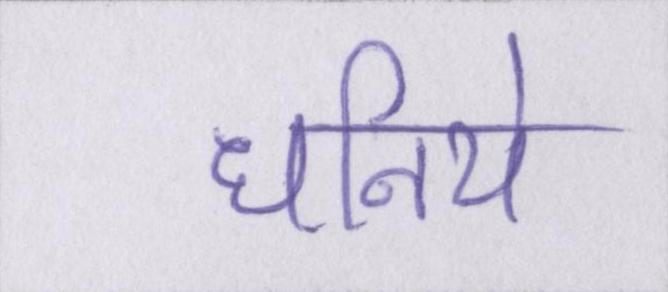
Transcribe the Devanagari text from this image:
धनिये